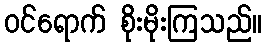
ဝင်ရောက် စိုးမိုးကြသည်။